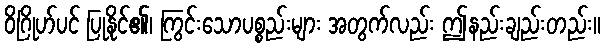
ဝိဂြိုဟ်ပင် ပြုနိုင်၏၊ ကြွင်းသောပစ္စည်းများ အတွက်လည်း ဤနည်းချည်းတည်း။